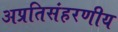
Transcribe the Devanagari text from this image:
अप्रतिसंहरणीय